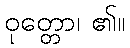
ဝုတ္တော၊ ၏။